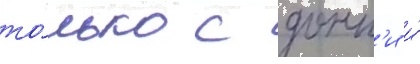
то́лько с донн'и и́